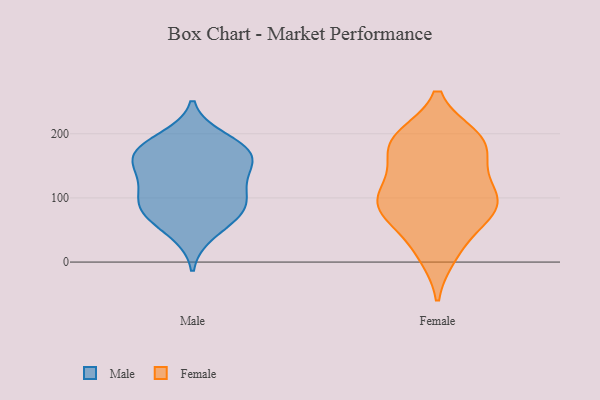
{"axis": {"x": "Gross Profit (USD K)", "y": "Value"}, "legend": ["Female", "Male"], "data": [{"x": "", "y": 151, "type": "Male"}, {"x": "", "y": 139, "type": "Male"}, {"x": "", "y": 71, "type": "Male"}, {"x": "", "y": 79, "type": "Male"}, {"x": "", "y": 118, "type": "Male"}, {"x": "", "y": 83, "type": "Male"}, {"x": "", "y": 171, "type": "Male"}, {"x": "", "y": 91, "type": "Male"}, {"x": "", "y": 175, "type": "Male"}, {"x": "", "y": 192, "type": "Male"}, {"x": "", "y": 45, "type": "Male"}, {"x": "", "y": 109, "type": "Male"}, {"x": "", "y": 161, "type": "Male"}, {"x": "", "y": 176, "type": "Male"}, {"x": "", "y": 13, "type": "Female"}, {"x": "", "y": 196, "type": "Female"}, {"x": "", "y": 87, "type": "Female"}, {"x": "", "y": 97, "type": "Female"}, {"x": "", "y": 10, "type": "Female"}, {"x": "", "y": 108, "type": "Female"}, {"x": "", "y": 50, "type": "Female"}, {"x": "", "y": 175, "type": "Female"}, {"x": "", "y": 63, "type": "Female"}, {"x": "", "y": 143, "type": "Female"}, {"x": "", "y": 156, "type": "Female"}, {"x": "", "y": 186, "type": "Female"}, {"x": "", "y": 196, "type": "Female"}, {"x": "", "y": 187, "type": "Female"}, {"x": "", "y": 195, "type": "Female"}, {"x": "", "y": 82, "type": "Female"}, {"x": "", "y": 125, "type": "Female"}, {"x": "", "y": 99, "type": "Female"}, {"x": "", "y": 87, "type": "Female"}, {"x": "", "y": 86, "type": "Female"}]}